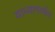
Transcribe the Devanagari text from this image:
याच्यामार्फत